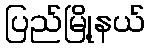
ပြည်မြို့နယ်